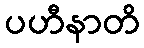
ပဟီနာတိ